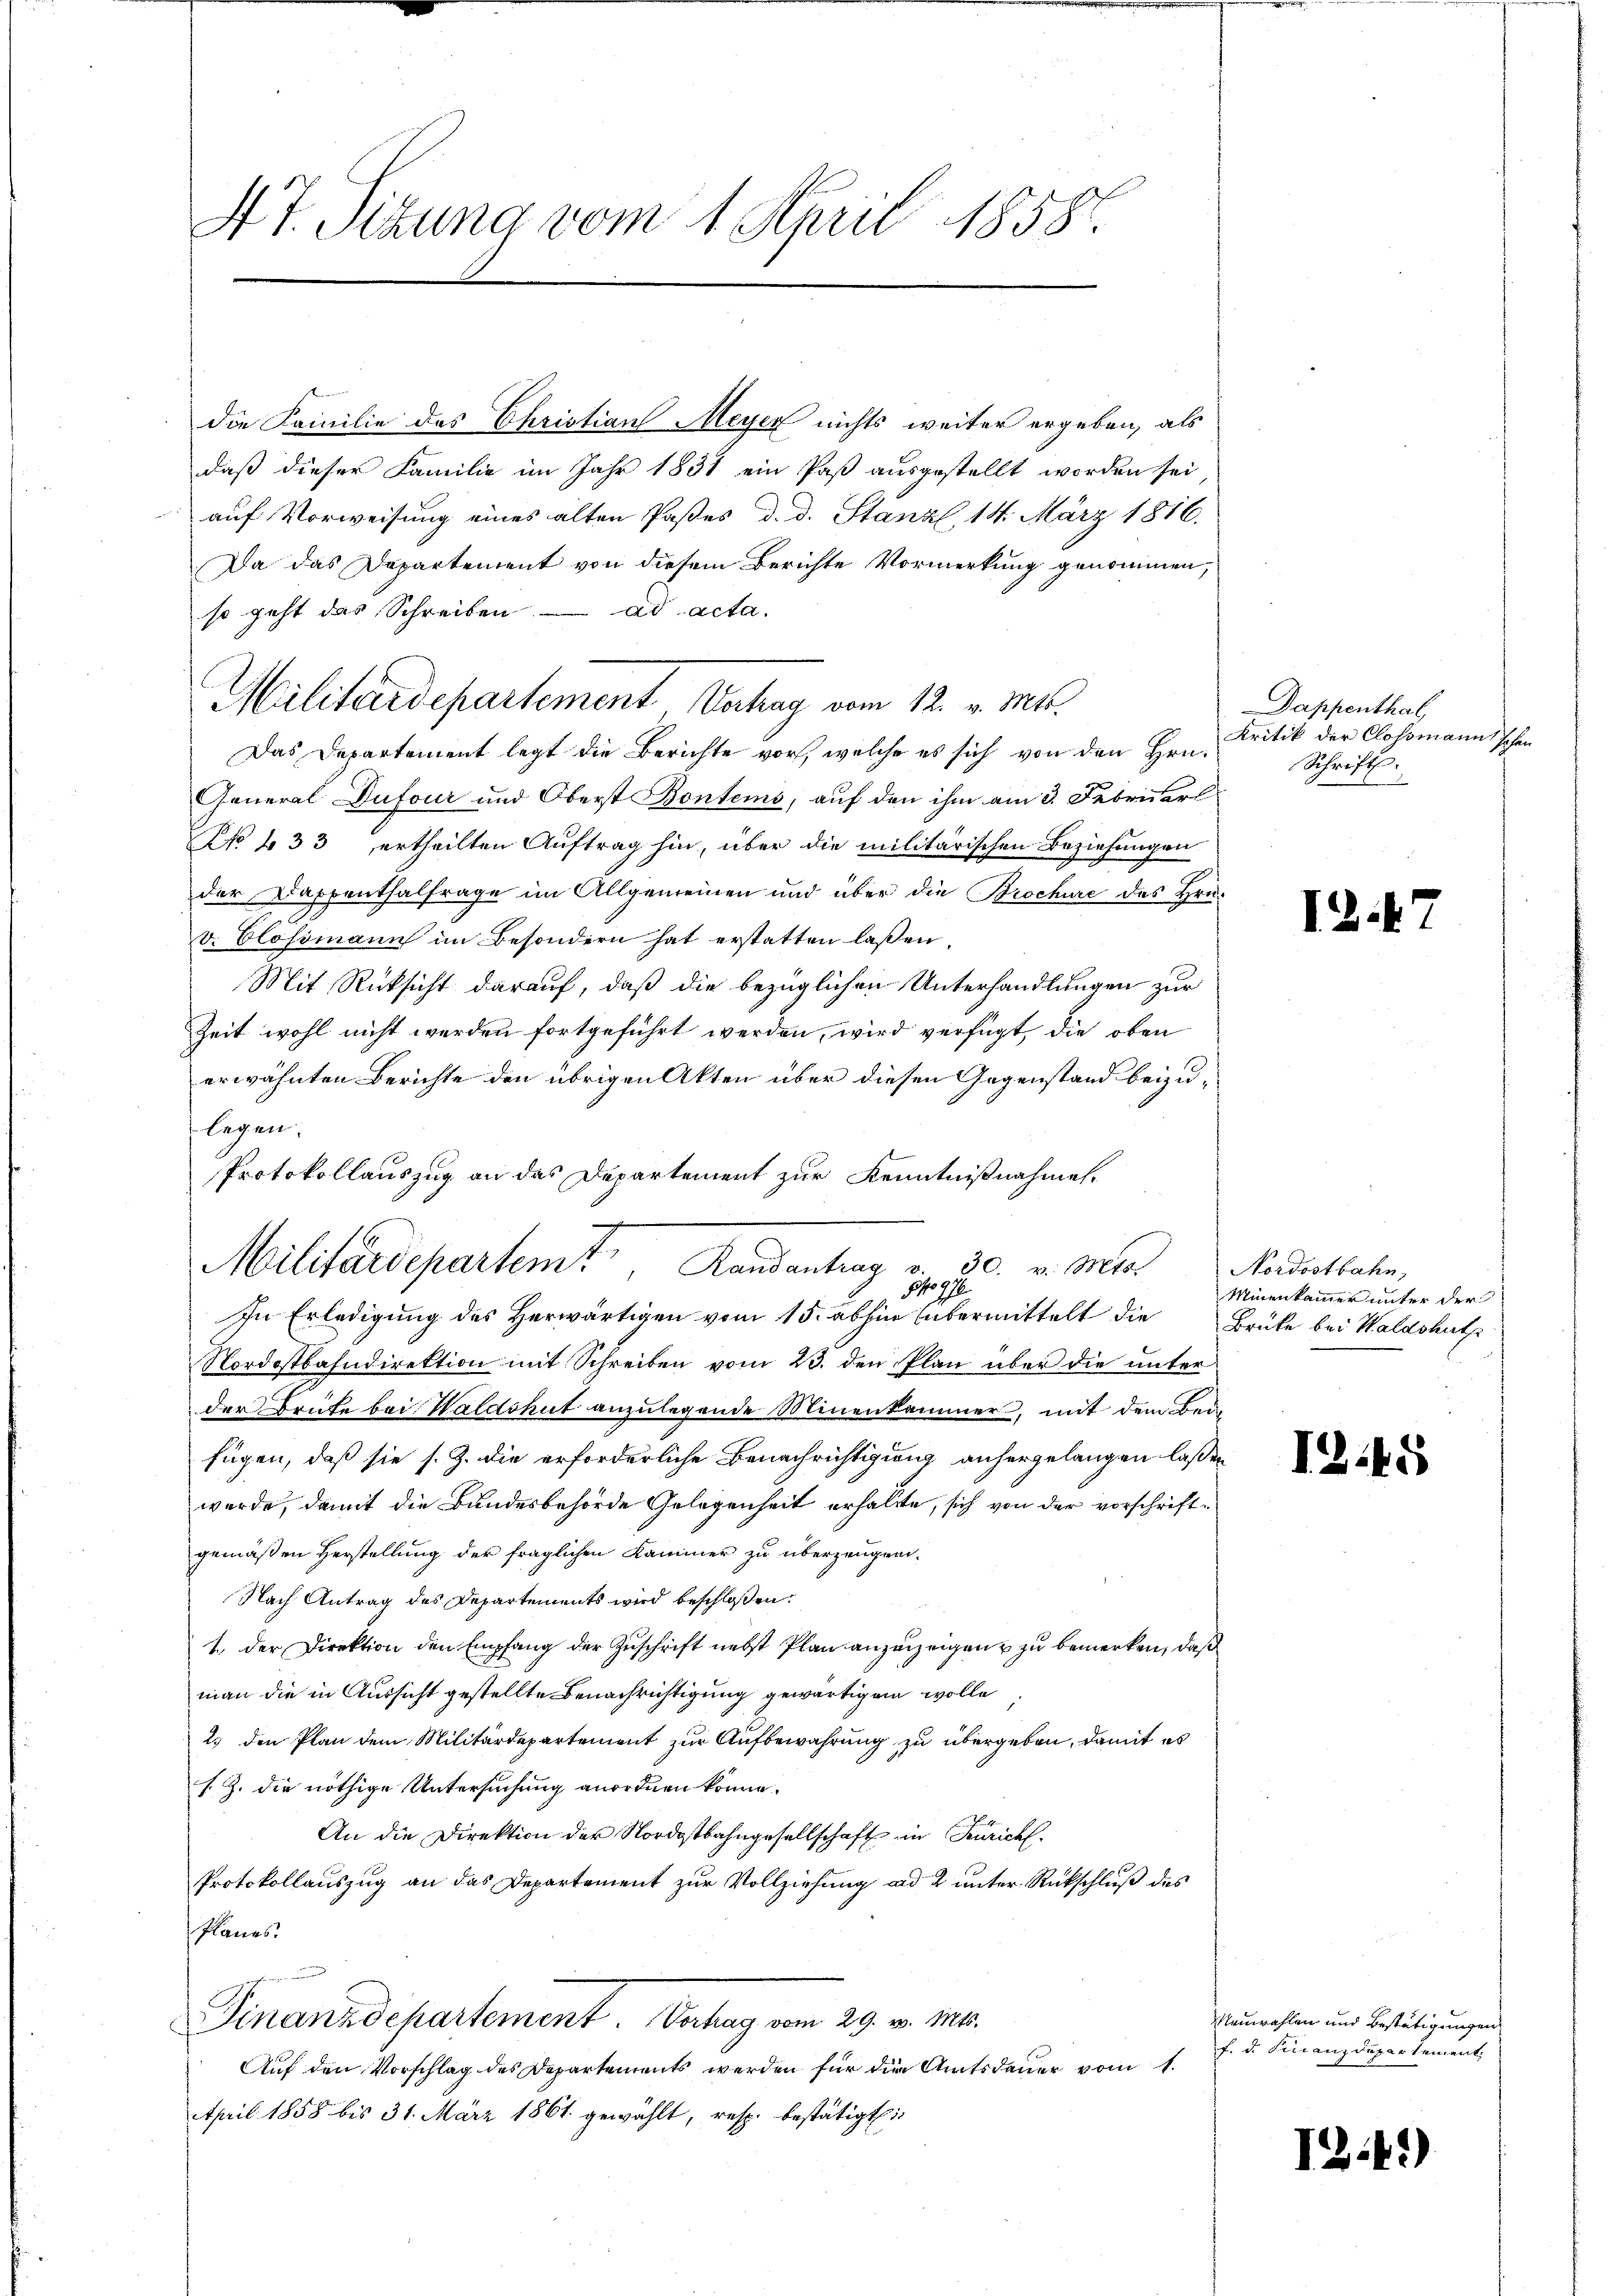
47. Sitzung vom 1. April 1858.

die Familie des Christian Meyer nichts weiter ergeben, als
daß dieser Familie im Jahr 1831 ein Paß ausgestellt worden sei
auf Vorweisung eines alten Paßes d. d. Stanzl, 14. März 1816.
Da das Departement von diesem Berichte Vormerkung genommen,
so geht das Schreiben. ad acta.
Militärdepartement Vertrag vom 12. v. Mts.
Das Departement legt die Berichte vor, welche es sich von den Hrn.
General Dufour und Oberst Bontems, auf den ihm am 3. Februar
NNo 133 ertheilten Auftrag hin, über die militärischen Beziehungen
der Dappenthalfrage im Allgemeinen und über die Brochüre des Hrn.
v. Blossmann in Besondern hat erstatten laßen
Mit Rücksicht darauf, daß die bezüglichen Unterhandlungen zur
Zeit wohl nicht werden fortgeführt werden, wird verfügt, die oben
erwähnten Berichte den übrigen Akten über diesen Gegenstand beizulegen.
Protokollauszug an das Departement zur Kenntnißnahmen.
272.
S
In Erledigung des Herwärtigen vom 15. abhin übermittelt die
Nordostbahndirektion mit Schreiben vom 23. den Plan über die unter
der Brüte bei Waldshut anzulegende Minenkammer, mit dem Bei-
fügen, daß sie s. Z. die erforderliche Benachrichtigung anhergelangen laßen
werde, damit die Bundesbehörde Gelegenheit erhalte, sich von der vorschriftgemäßen Herstellung der fraglichen Kammer zu überzeugnen.
Nach Antrag des Departements wird beschlossen:
1. der Direktion den Empfang der Zuschrift nebst Plan anzuzeigen u zu bemerken, daß
man die in Aussicht gestellte Benachrichtigung gewärtigen wolle
2.) den Plan dem Militärdepartement zur Aufbewahrung zu übergeben, damit es
s. Z. die nöthige Untersuchung anordnen könne.
An die Direktion der Nordostbahngesellschaft in Zürich.
Protokollauszug an das Departement zur Vollziehung und 2 unter Rückschluß des
Planes.
Finanzdepartement. Verhag vom 29. v. Mts.
Auf den Vorschlag des Departements werden für die Amtsdauer vom 1.
April 1858 bis 31. März 1861. gewählt, resp. bestätigt

F
Militärdepartem Randantrag v. 30. v. Mts.

Dappenthal,
Kritik der Clossmannischen
Schrift.

I2.7

Nordostbahn,
Minenkammer unter der
Brüke bei Waldshuth

1245

Neuwahlen und Bestätigungen
f. d. Finanzdepartement,

1.41)